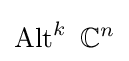
\operatorname {Alt} ^{k}\ {\mathbb {C} }^{n}